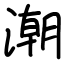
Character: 潮